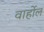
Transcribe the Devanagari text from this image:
वार्होल